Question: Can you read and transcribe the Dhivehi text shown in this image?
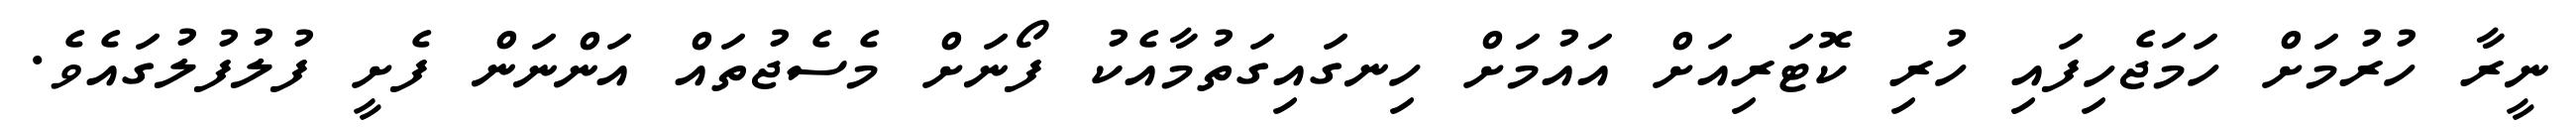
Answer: ނީރާ ހުރުމަށް ހަމަޖެހިފައި ހުރި ކޮޓަރިއަށް އައުމަށް ހިނގައިގަތުމާއެކު ފޯނަށް މެސެޖުތައް އަންނަން ފެށީ ފުލުފުލުގައެވެ.